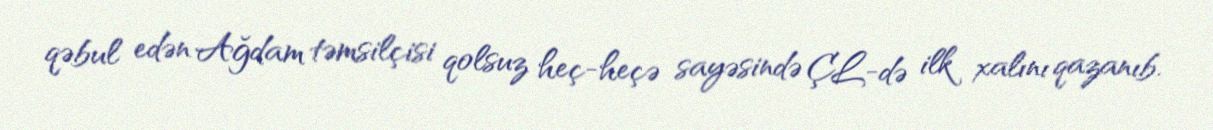
qəbul edən Ağdam təmsilçisi qolsuz heç-heçə sayəsində ÇL-də ilk xalını qazanıb.